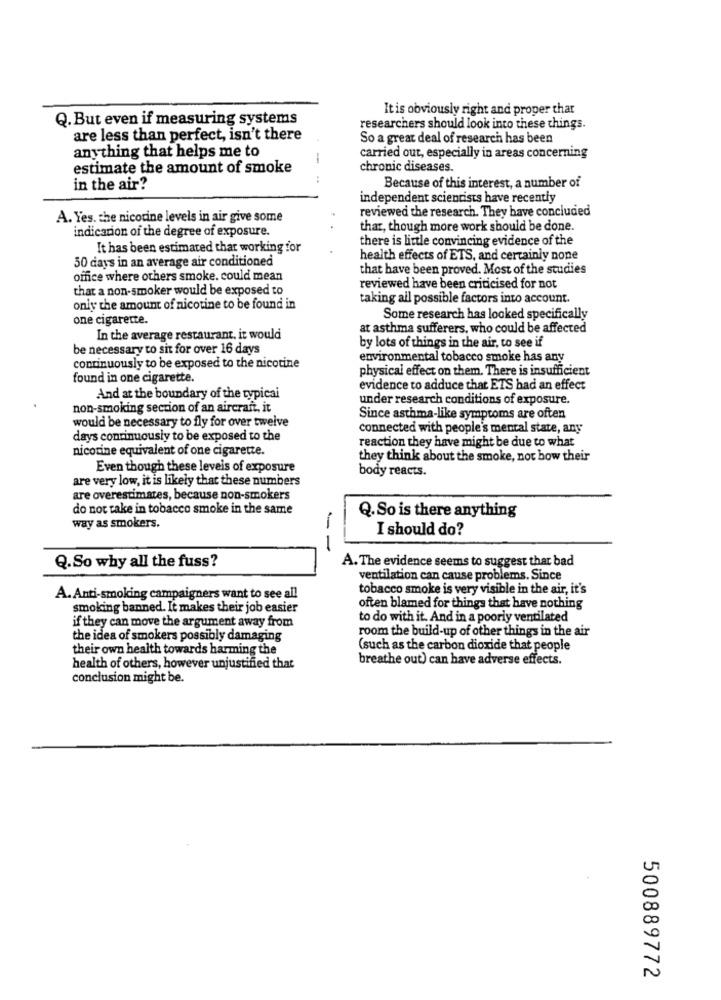
It is obviously right and proper thar
Q. But even if measuring systems
researchers should look into these things.
are less than perfect, isn't there
So a great deal of research has been
anything that helps me to
--
carried out, especially in areas concerning
estimate the amount of smoke
chronic diseases.
in the air?
Because of this interest, a number of
independent scientists have recently
reviewed the research. They have concluded
A. Yes. che nicotine levels in air give some
indication of the degree of exposure.
thar, though more work should be done.
there is little convincing evidence of the
It has been estimated that working for
50 days in an average air conditioned
health effects of ETS, and certainly none
that have been proved. Most of the studies
office where others smoke. could mean
that a non-smoker would be exposed to
reviewed have been criticised for not
taking all possible factors into account.
only the amount of nicotine to be found in
one cigarette.
Some research has looked specifically
at asthma sufferers, who could be affected
In the average restaurant, it would
be necessary to sit for over 16 days
by lots of things in the air, to see if
environmental tobacco smoke has any
continuously to be exposed to the nicotine
physical effect on them. There is insufficient
found in one cigarette.
evidence to adduce that ETS had an effect
And at the boundary of the typical
under research conditions of exposure.
non-smoking section of an aircraft, it
would be necessary to fly for over twelve
Since asthma-like symptoms are often
connected with people's mental state, any
days continuously to be exposed to the
reaction they have might be due to what
nicotine equivalent of one cigarette.
they think about the smoke, not how their
Even though these leveis of exposure
body reacts.
are very low, it is likely that these numbers
are overestimates, because non-smokers
do not take in tobacco smoke in the same
Q. So is there anything
way as smokers.
I should do?
--
Q.So why all the fuss?
A. The evidence seems to suggest that bad
ventilation can cause problems. Since
tobacco smoke is very visible in the air, it's
A. Anti-smoking campaigners want to see all
smoking banned. It makes their job easier
often blamed for things that have nothing
if they can move the argument away from
to do with it. And in a poorly ventilated
room the build-up of other things in the air
the idea of smokers possibly damaging
their own health towards harming the
(such as the carbon dioxide that people
breathe out) can have adverse effects.
health of others, however unjustified that
conclusion might be.
500889772